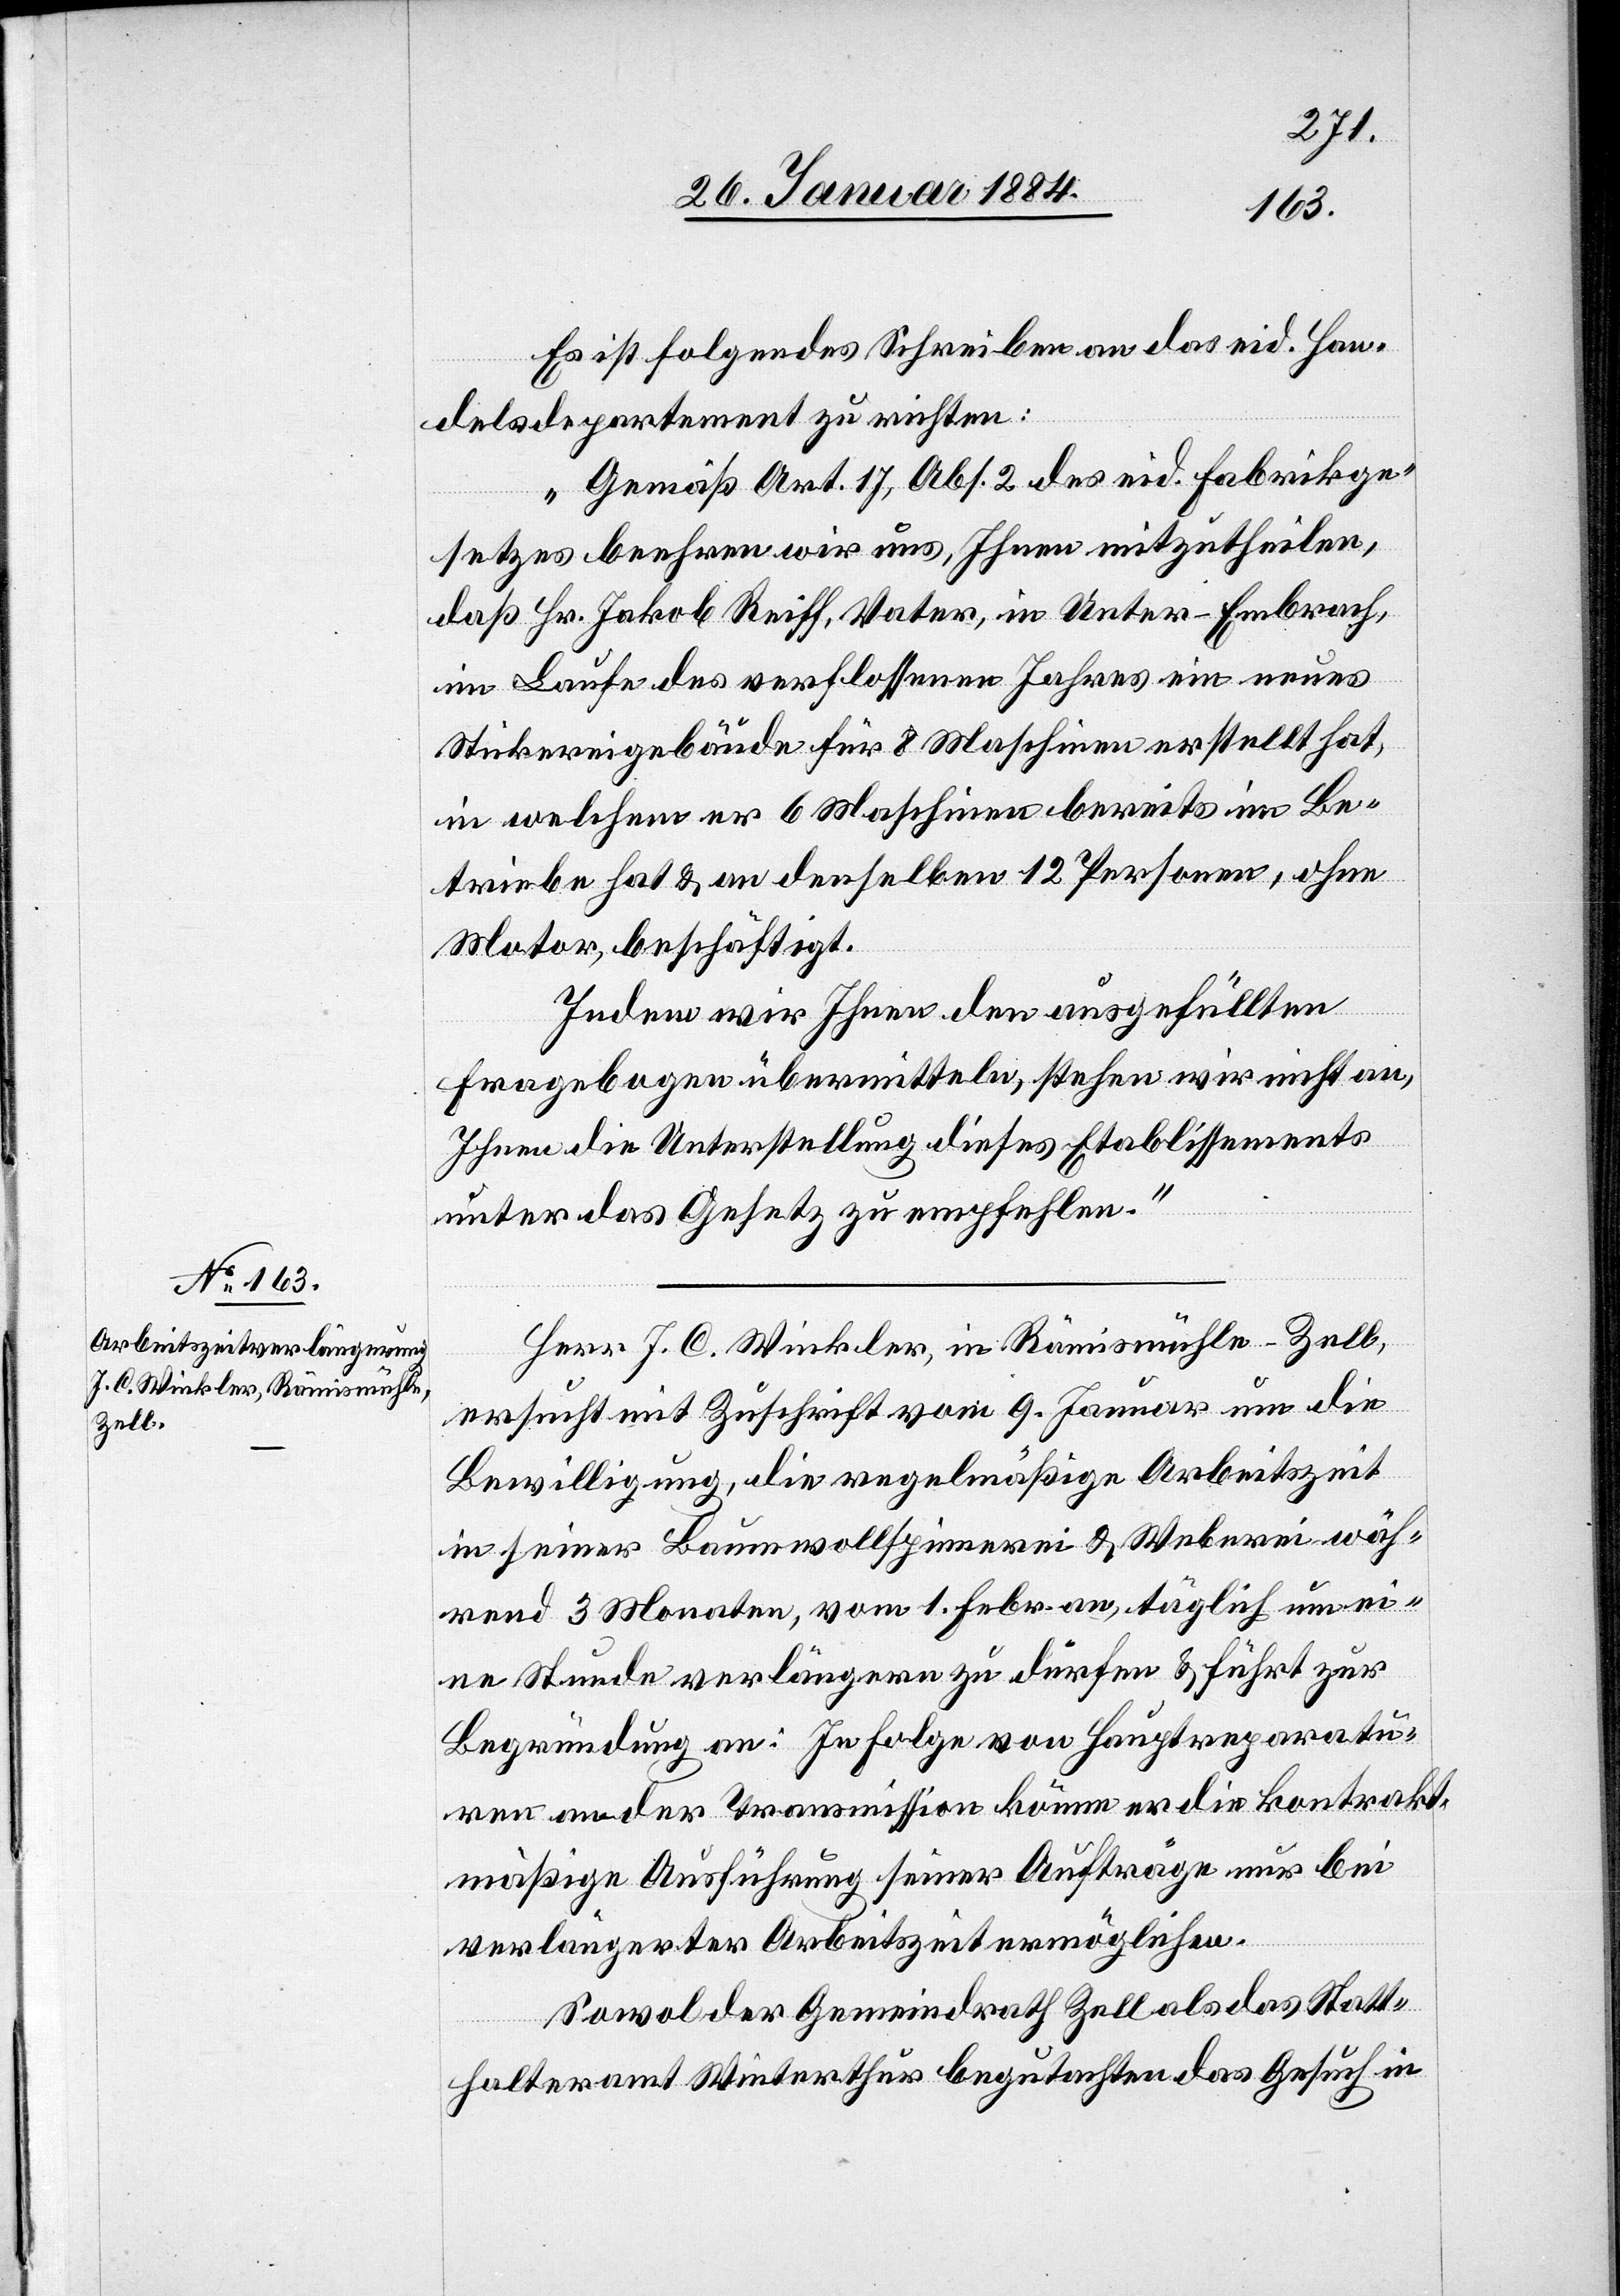
Es ist folgendes Schreiben an das eid. Han¬
delsdepartement zu richten:
„Gemäß Art. 17, Abs. 2 des eid. Fabrikge¬
setzes beehren wir uns, Ihnen mitzutheilen,
daß Hr. Jakob Reiff, Vater, in Unter-Embrach,
im Laufe des verflossenen Jahres ein neues
Stickereigebäude für 8 Maschinen erstellt hat,
in welchem er 6 Maschinen bereits im Be¬
triebe hat & an denselben 12 Personen, ohne
Motor, beschäftigt.
Indem wir Ihnen den ausgefüllten
Fragebogen übermitteln, stehen wir nicht an,
Ihnen die Unterstellung dieses Etablissements
unter das Gesetz zu empfehlen.“
Herr J. C. Winkler, in Rämismühle - Zell,
ersucht mit Zuschrift vom 9. Januar um die
Bewilligung, die regelmäßige Arbeitszeit
in seiner Baumwollspinnerei & Weberei wäh¬
rend 3 Monaten, vom 1. Febr. an, täglich um ei¬
ne Stunde verlängern zu dürfen & führt zur
Begründung an: In Folge von Hauptreparatu¬
ren an der Transmission könne er die kontrakt¬
mäßige Ausführung seiner Aufträge nur bei
verlängerter Arbeitszeit ermöglichen.
Sowol der Gemeindrath Zell als das Statt¬
halteramt Winterthur begutachten das Gesuch in